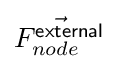
{\textstyle {\vec {F_{node}^{\mathsf {external}}}}}